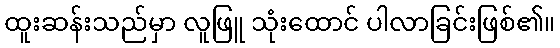
ထူးဆန်းသည်မှာ လူဖြူ သုံးထောင် ပါလာခြင်းဖြစ်၏။